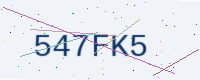
Text: 547FK5